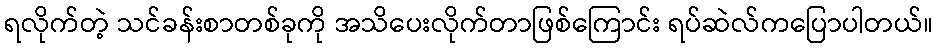
ရလိုက်တဲ့ သင်ခန်းစာတစ်ခုကို အသိပေးလိုက်တာဖြစ်ကြောင်း ရပ်ဆဲလ်ကပြောပါတယ်။